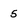
Character: 5